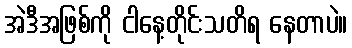
အဲဒီအဖြစ်ကို ငါနေ့တိုင်းသတိရ နေတာပဲ။